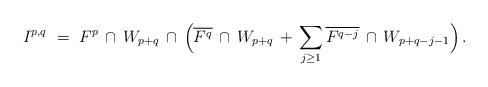
LaTeX: \begin{align*} I^{p,q} \ = \ F^p \,\cap\, W_{p+q} \, \cap \, \Big( \overline{F^q} \,\cap\,W_{p+q} \,+\, \sum_{j\ge1} \overline{F^{q-j}} \,\cap\, W_{p+q-j-1} \Big) \,.\end{align*}